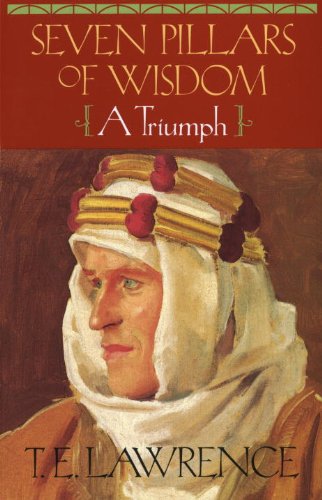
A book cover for Seven Pillars of Wisdom: A Triumph (The Authorized Doubleday/Doran Edition); T.E. Lawrence; History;